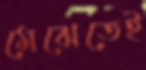
মেঝেতেই